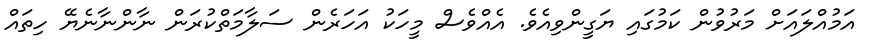
އަމުއްލައަށް މަރުވުން ކަމުގައި ޔަގީންވިއެވެ. އެއްވެސް މީހަކު އަހަރެން ސަލާމަތްކުރަން ނާންނާނެޔޭ ހިތައް